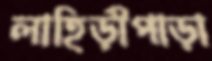
লাহিড়ীপাড়া